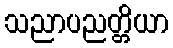
သညာပညတ္တိယာ